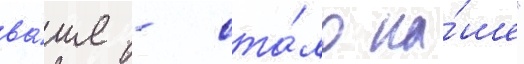
ва́ше - ста́ло на́ше"